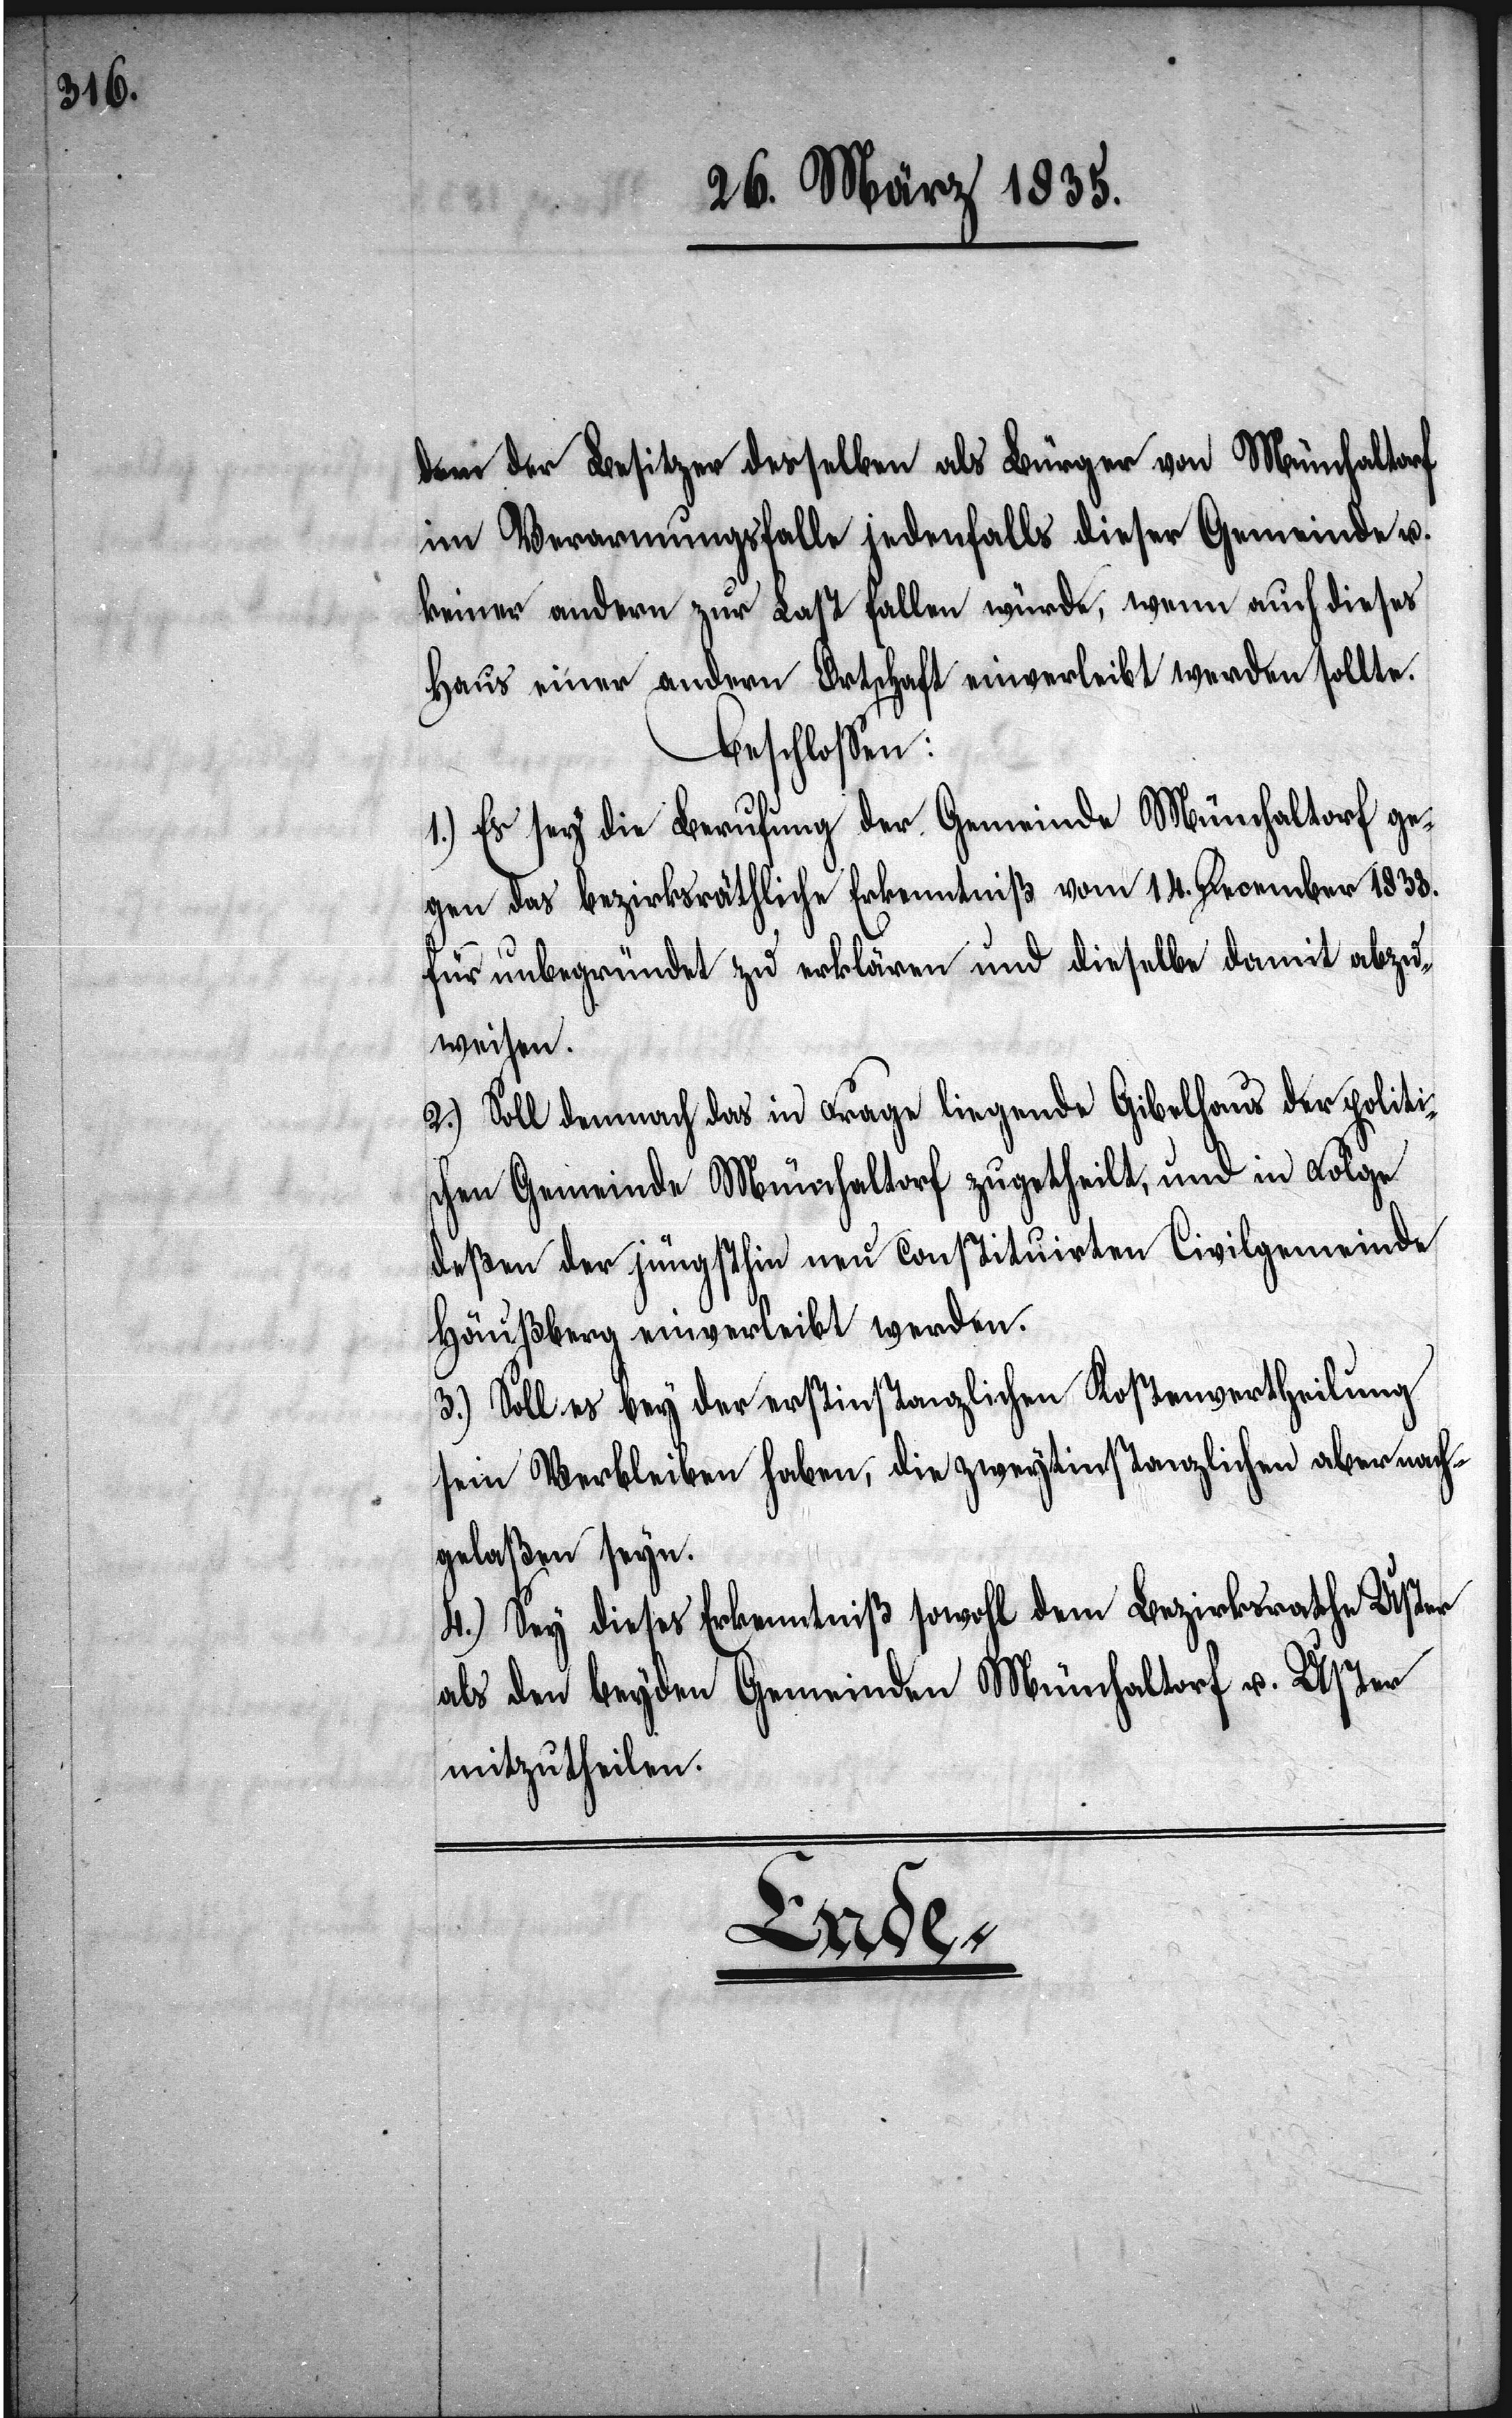
dem der Besitzer desselben als Bürger von Münchaltorf
im Verarmungsfalle jedenfalls dieser Gemeinde u.
keiner andern zur Last fallen würde, wenn auch dieses
Haus einer andern Ortschaft einverleibt werden sollte:
beschloßen:
1.) Es sey die Berufung der Gemeinde Münchaltorf ge¬
gen das bezirksräthliche Erkenntniß vom 14. December 1833.
für unbegründet zu erklären und dieselbe damit abzu¬
weisen.
2.) Soll demnach das in Frage liegende Gibelhaus der politis¬
chen Gemeinde Münchaltorf zugetheilt, und in Folge
deßen der jüngsthin neu constituirten Civilgemeinde
Häußberg einverleibt werden.
3.) Soll es bey der erstinstanzlichen Kostenvertheilung
sein Verbleiben haben, die zweytinstanzlichen aber nach¬
gelaßen seyn.
4.) Sey dieses Erkenntniß sowohl dem Bezirksrathe Uster
als den beyden Gemeinden Münchaltorf u. Uster
mitzutheilen.